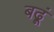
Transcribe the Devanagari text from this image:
बढ़ूं